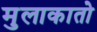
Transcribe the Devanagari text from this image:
मुलाकातो